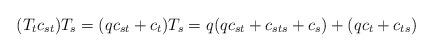
LaTeX: \begin{align*}(T_tc_{st})T_s=(qc_{st}+c_t)T_s=q(qc_{st}+c_{sts}+c_{s})+(qc_{t}+c_{ts})\end{align*}